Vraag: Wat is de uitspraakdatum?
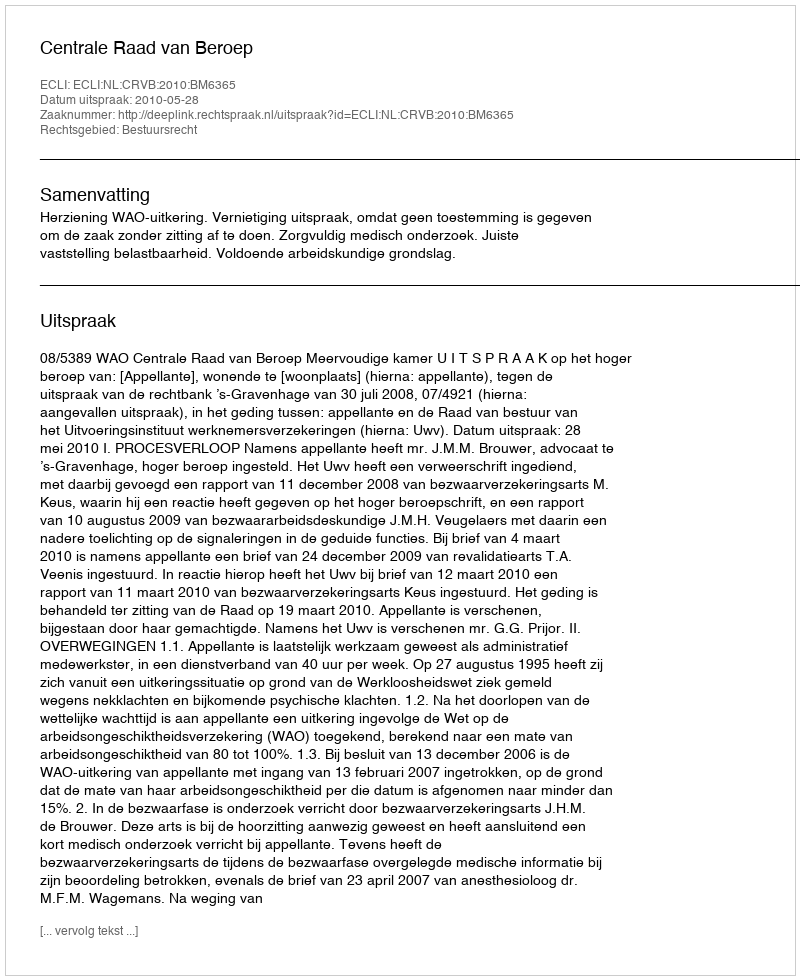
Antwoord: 2010-05-28